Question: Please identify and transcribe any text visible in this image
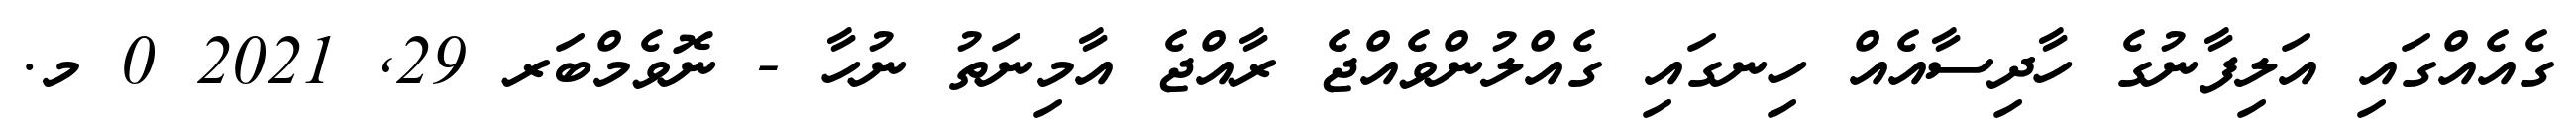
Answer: ގެއެއްގައި އަލިފާނުގެ ހާދިސާއެއް ހިނގައި ގެއްލުންވެއްޖެ ރާއްޖެ އާމިނަތު ނުހާ - ނޮވެމްބަރ 29, 2021 0 މ.